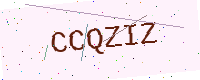
Text: CCQZIZ